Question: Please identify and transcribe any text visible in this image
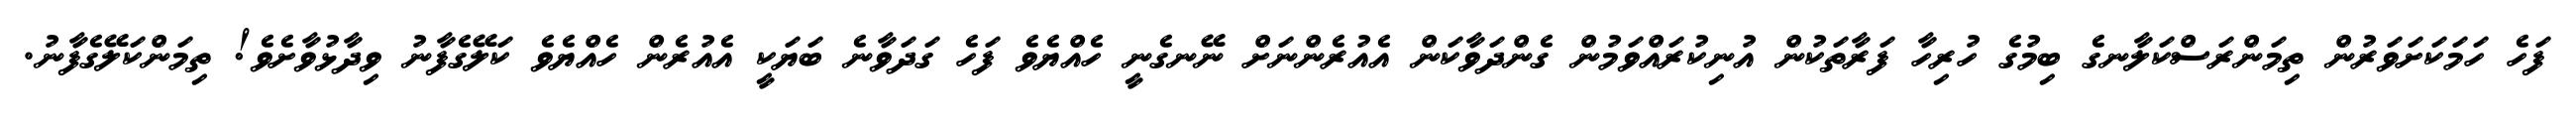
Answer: ފަހެ ހަމަކަށަވަރުން ތިމަންރަސްކަލާނގެ ބިމުގެ ހުރިހާ ފަރާތަކުން އުނިކުރައްވަމުން ގެންދަވާކަން އެއުރެންނަށް ނޭނގެނީ ހެއްޔެވެ ފަހެ ގަދަވާނެ ބަޔަކީ އެއުރެން ހެއްޔެވެ ކަލޭގެފާނު ވިދާޅުވާށެވެ! ތިމަންކަލޭގެފާނު.